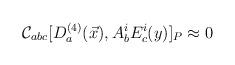
LaTeX: \begin{align*}{\cal C}_{abc} [D_{a}^{(4)}(\vec{x}), A_{b}^{i} E_{c}^{i}(y)]_{P}\approx 0\end{align*}